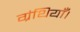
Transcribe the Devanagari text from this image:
ग्रंथियाँ।